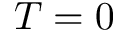
T = 0